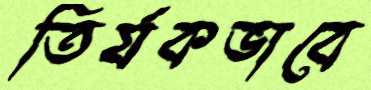
তির্যকভাবে